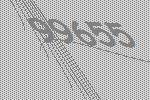
99655